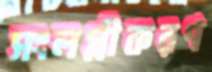
সংলগ্নীকরণ